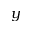
y